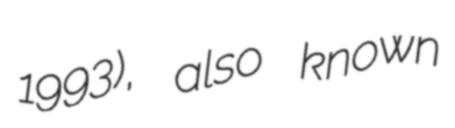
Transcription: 1993), also known